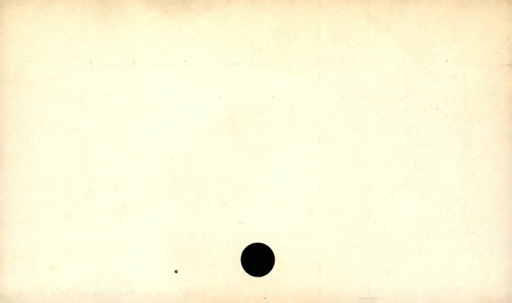
Label: blank